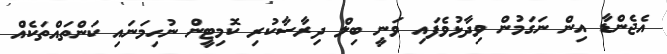
އެޖެންޑާ އިން ނަގަމުން ވިދާޅުވެފައި ވަނީ ބިލް ދިރާސާކުރި ކޮމިޓީން ނުހިމަނައި ކަންތައްތަކެއް